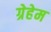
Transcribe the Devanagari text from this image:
ग्रेहेम